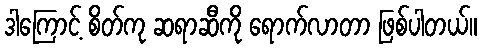
ဒါကြောင့် စိတ်ကု ဆရာဆီကို ရောက်လာတာ ဖြစ်ပါတယ်။